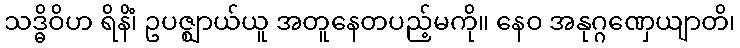
သဒ္ဓိဝိဟ ရိနိံ၊ ဥပဇ္ဈာယ်ယူ အတူနေတပည့်မကို။ နေဝ အနုဂ္ဂဏှေယျာတိ၊